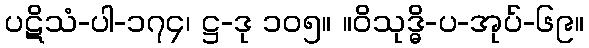
ပဋိသံ-ပါ-၁၇၄၊ ဋ္ဌ-ဒု ၁၀၅။ ။ဝိသုဒ္ဓိ-ပ-အုပ်-၆၉။